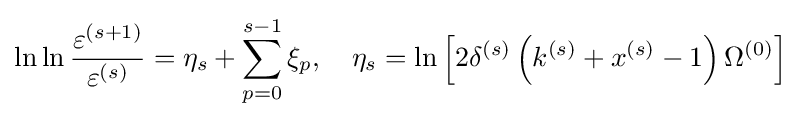
\ln \ln {\frac {\varepsilon ^{(s+1)}}{\varepsilon ^{(s)}}}=\eta _{s}+\sum _{p=0}^{s-1}\xi _{p},\quad \eta _{s}=\ln \left[2\delta ^{(s)}\left(k^{(s)}+x^{(s)}-1\right)\Omega ^{(0)}\right]